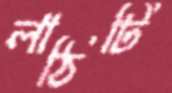
লাঠিটি